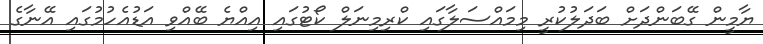
ޔާމީން ގޭބަންދަށް ބަދަލުކުރީ މިމައްސަލާގައި ކްރިމިނަލް ކޯޓުގައި އިއްޔެ ބޭއްވި އަޑުއެހުމުގައި އޭނާގެ